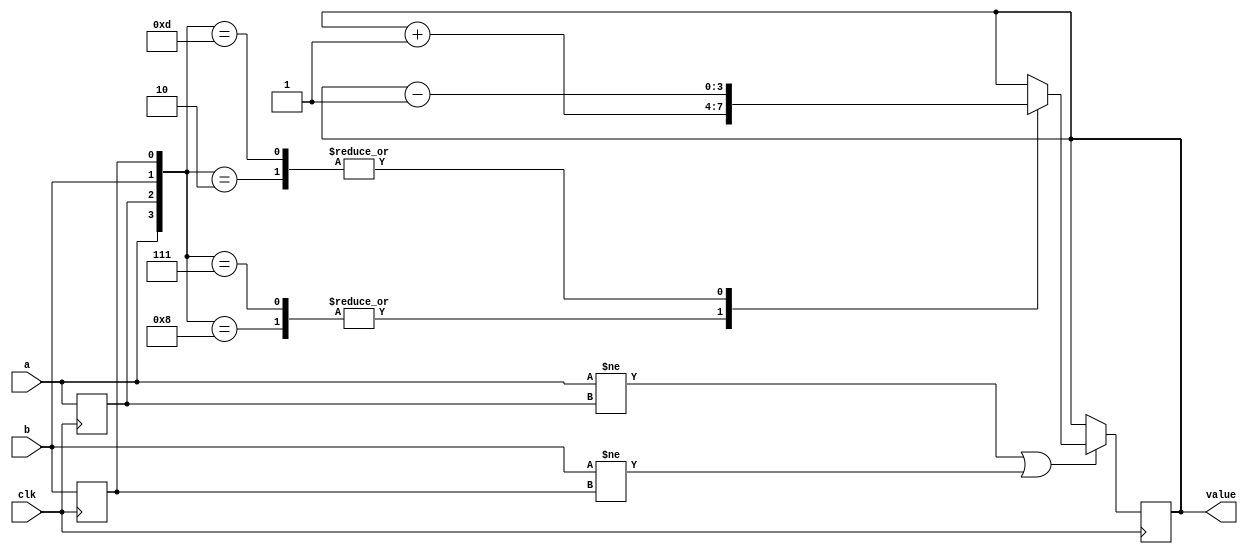
`default_nettype none
module encoder #(
    parameter width = 4,
    parameter initial_val = 0,
    parameter increment = 1
)(
    input a,
    input b,
    input clk,
    output reg [width-1:0] value
);

    initial begin
        value <= initial_val;
    end

    reg oa = 0;
    reg ob = 0;


    always@(posedge clk) begin
        if(a != oa || b != ob )
            case ({a,oa,b,ob})
                4'b1000: value <= value + increment;
                4'b0111: value <= value + increment;
                4'b0010: value <= value - increment;
                4'b1101: value <= value - increment;
            endcase 
    end

    always@(posedge clk) begin
        oa <= a;
        ob <= b;
    end
endmodule